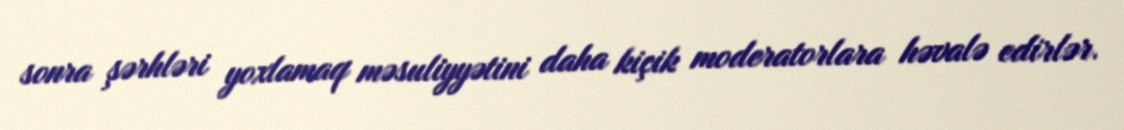
sonra şərhləri yoxlamaq məsuliyyətini daha kiçik moderatorlara həvalə edirlər.